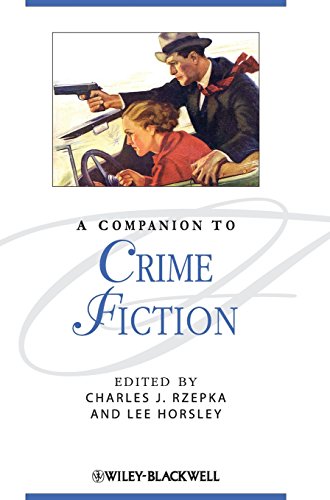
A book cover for A Companion to Crime Fiction; Mystery, Thriller & Suspense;